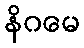
နိဂမေ